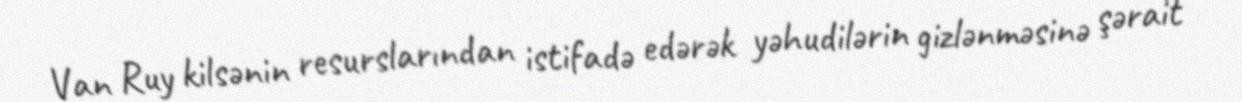
Van Ruy kilsənin resurslarından istifadə edərək yəhudilərin gizlənməsinə şərait